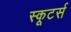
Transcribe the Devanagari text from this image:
स्कूटर्स